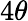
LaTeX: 4\theta